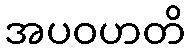
အပဝဟတိ